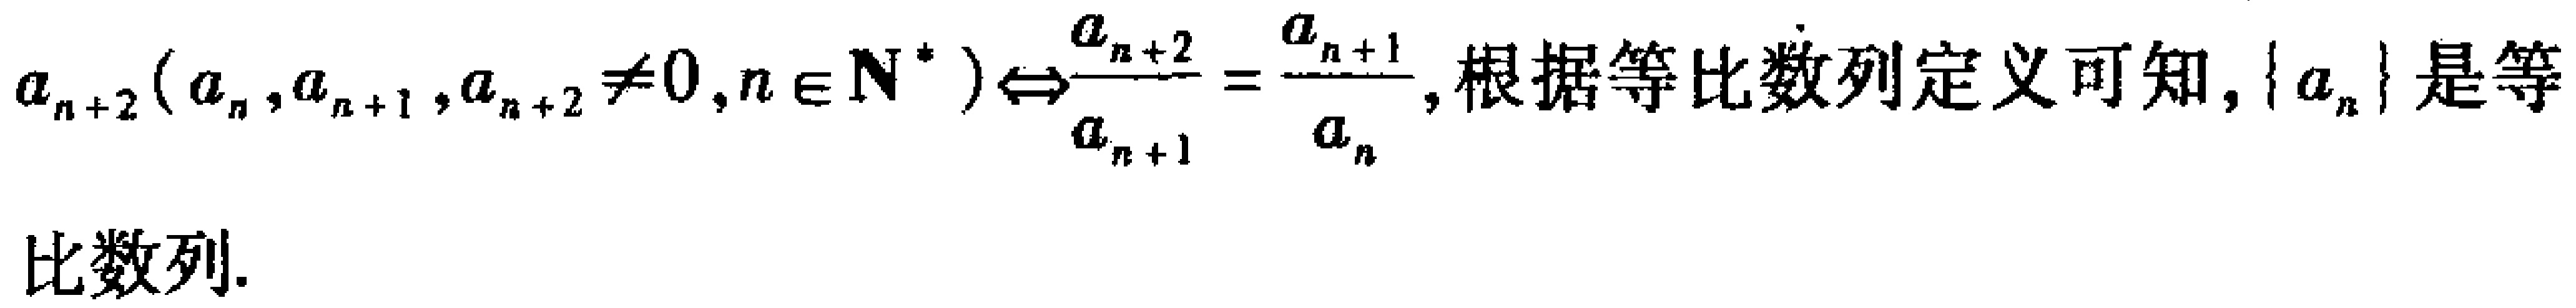
\(a_{n + 2}(a_n,a_{n + 1},a_{n + 2}\neq0,n\in\mathbf{N}^*)\Leftrightarrow\frac{a_{n + 2}}{a_{n + 1}}=\frac{a_{n + 1}}{a_n}\)，根据等比数列定义可知，\(\{a_n\}\)是等比数列.